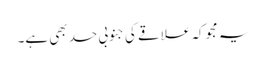
یہ مجوکہ علاقے کی جنوبی حد بھی ہے۔